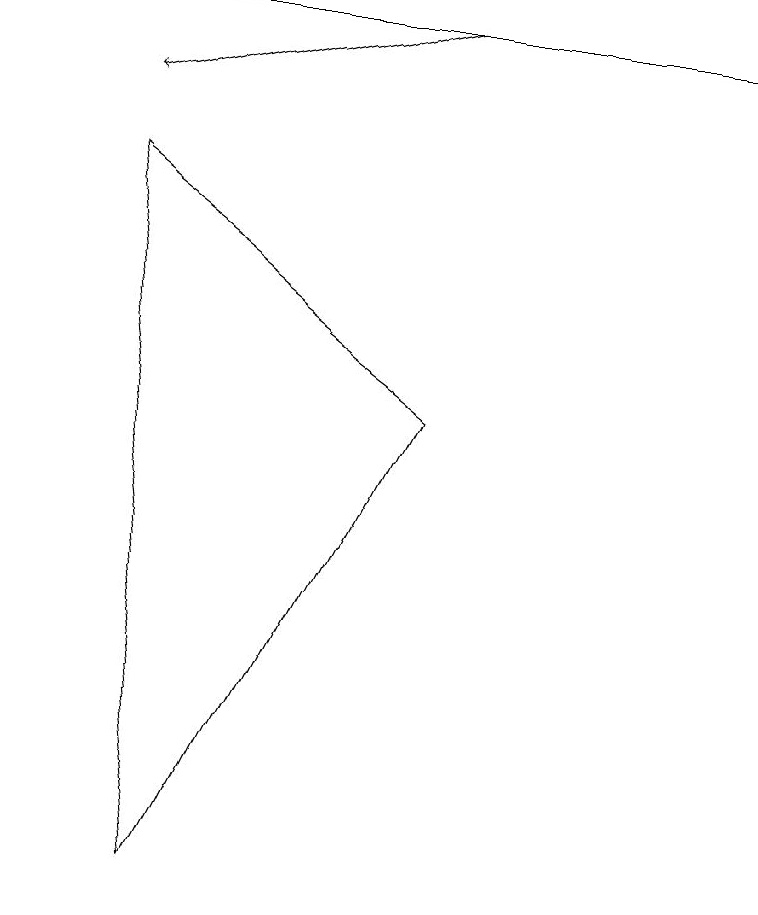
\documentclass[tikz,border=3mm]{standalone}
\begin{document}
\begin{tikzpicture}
\draw[->] (1,11) -- (9,11);
\draw (5,6) -- (2,0) -- (1,9) -- cycle;
\draw[->] (5,11) -- (0,11);
\draw[->] (5,11) -- (1,10);
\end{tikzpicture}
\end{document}